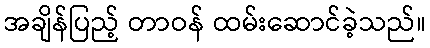
အချိန်ပြည့် တာဝန် ထမ်းဆောင်ခဲ့သည်။